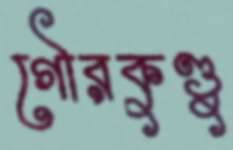
গৌরকুণ্ডু